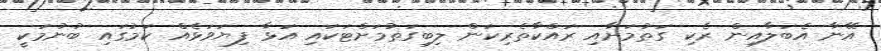
އޭނާ އެބަލާއިން ރެކި ގަތުމަށާއި ރައްކާތެރިކަން ލިބިގަތުމަށްޓަކައި އަޅާ ފިޔަވަޅެއް ކަމުގައި ބުނުމަކީ